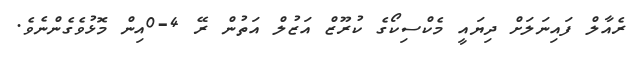
ރެއާލް ފައިނަލަށް ދިޔައީ މެކްސިކޯގެ ކުރޫޒް އަޒުލް އަތުން ރޭ 4-0އިން މޮޅުވެގެންނެވެ.